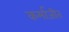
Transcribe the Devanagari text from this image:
कर्माजीत